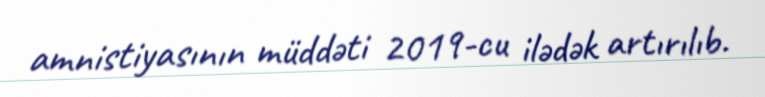
amnistiyasının müddəti 2019-cu ilədək artırılıb.